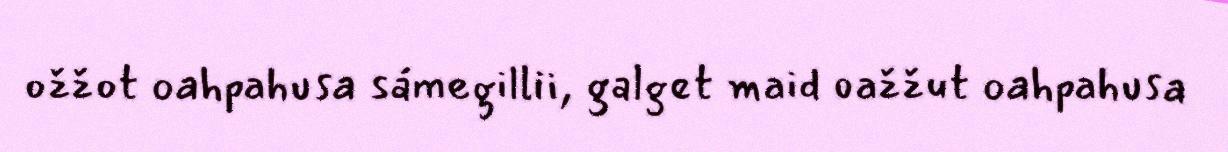
ožžot oahpahusa sámegillii, galget maid oažžut oahpahusa